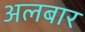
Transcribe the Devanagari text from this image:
अलबार